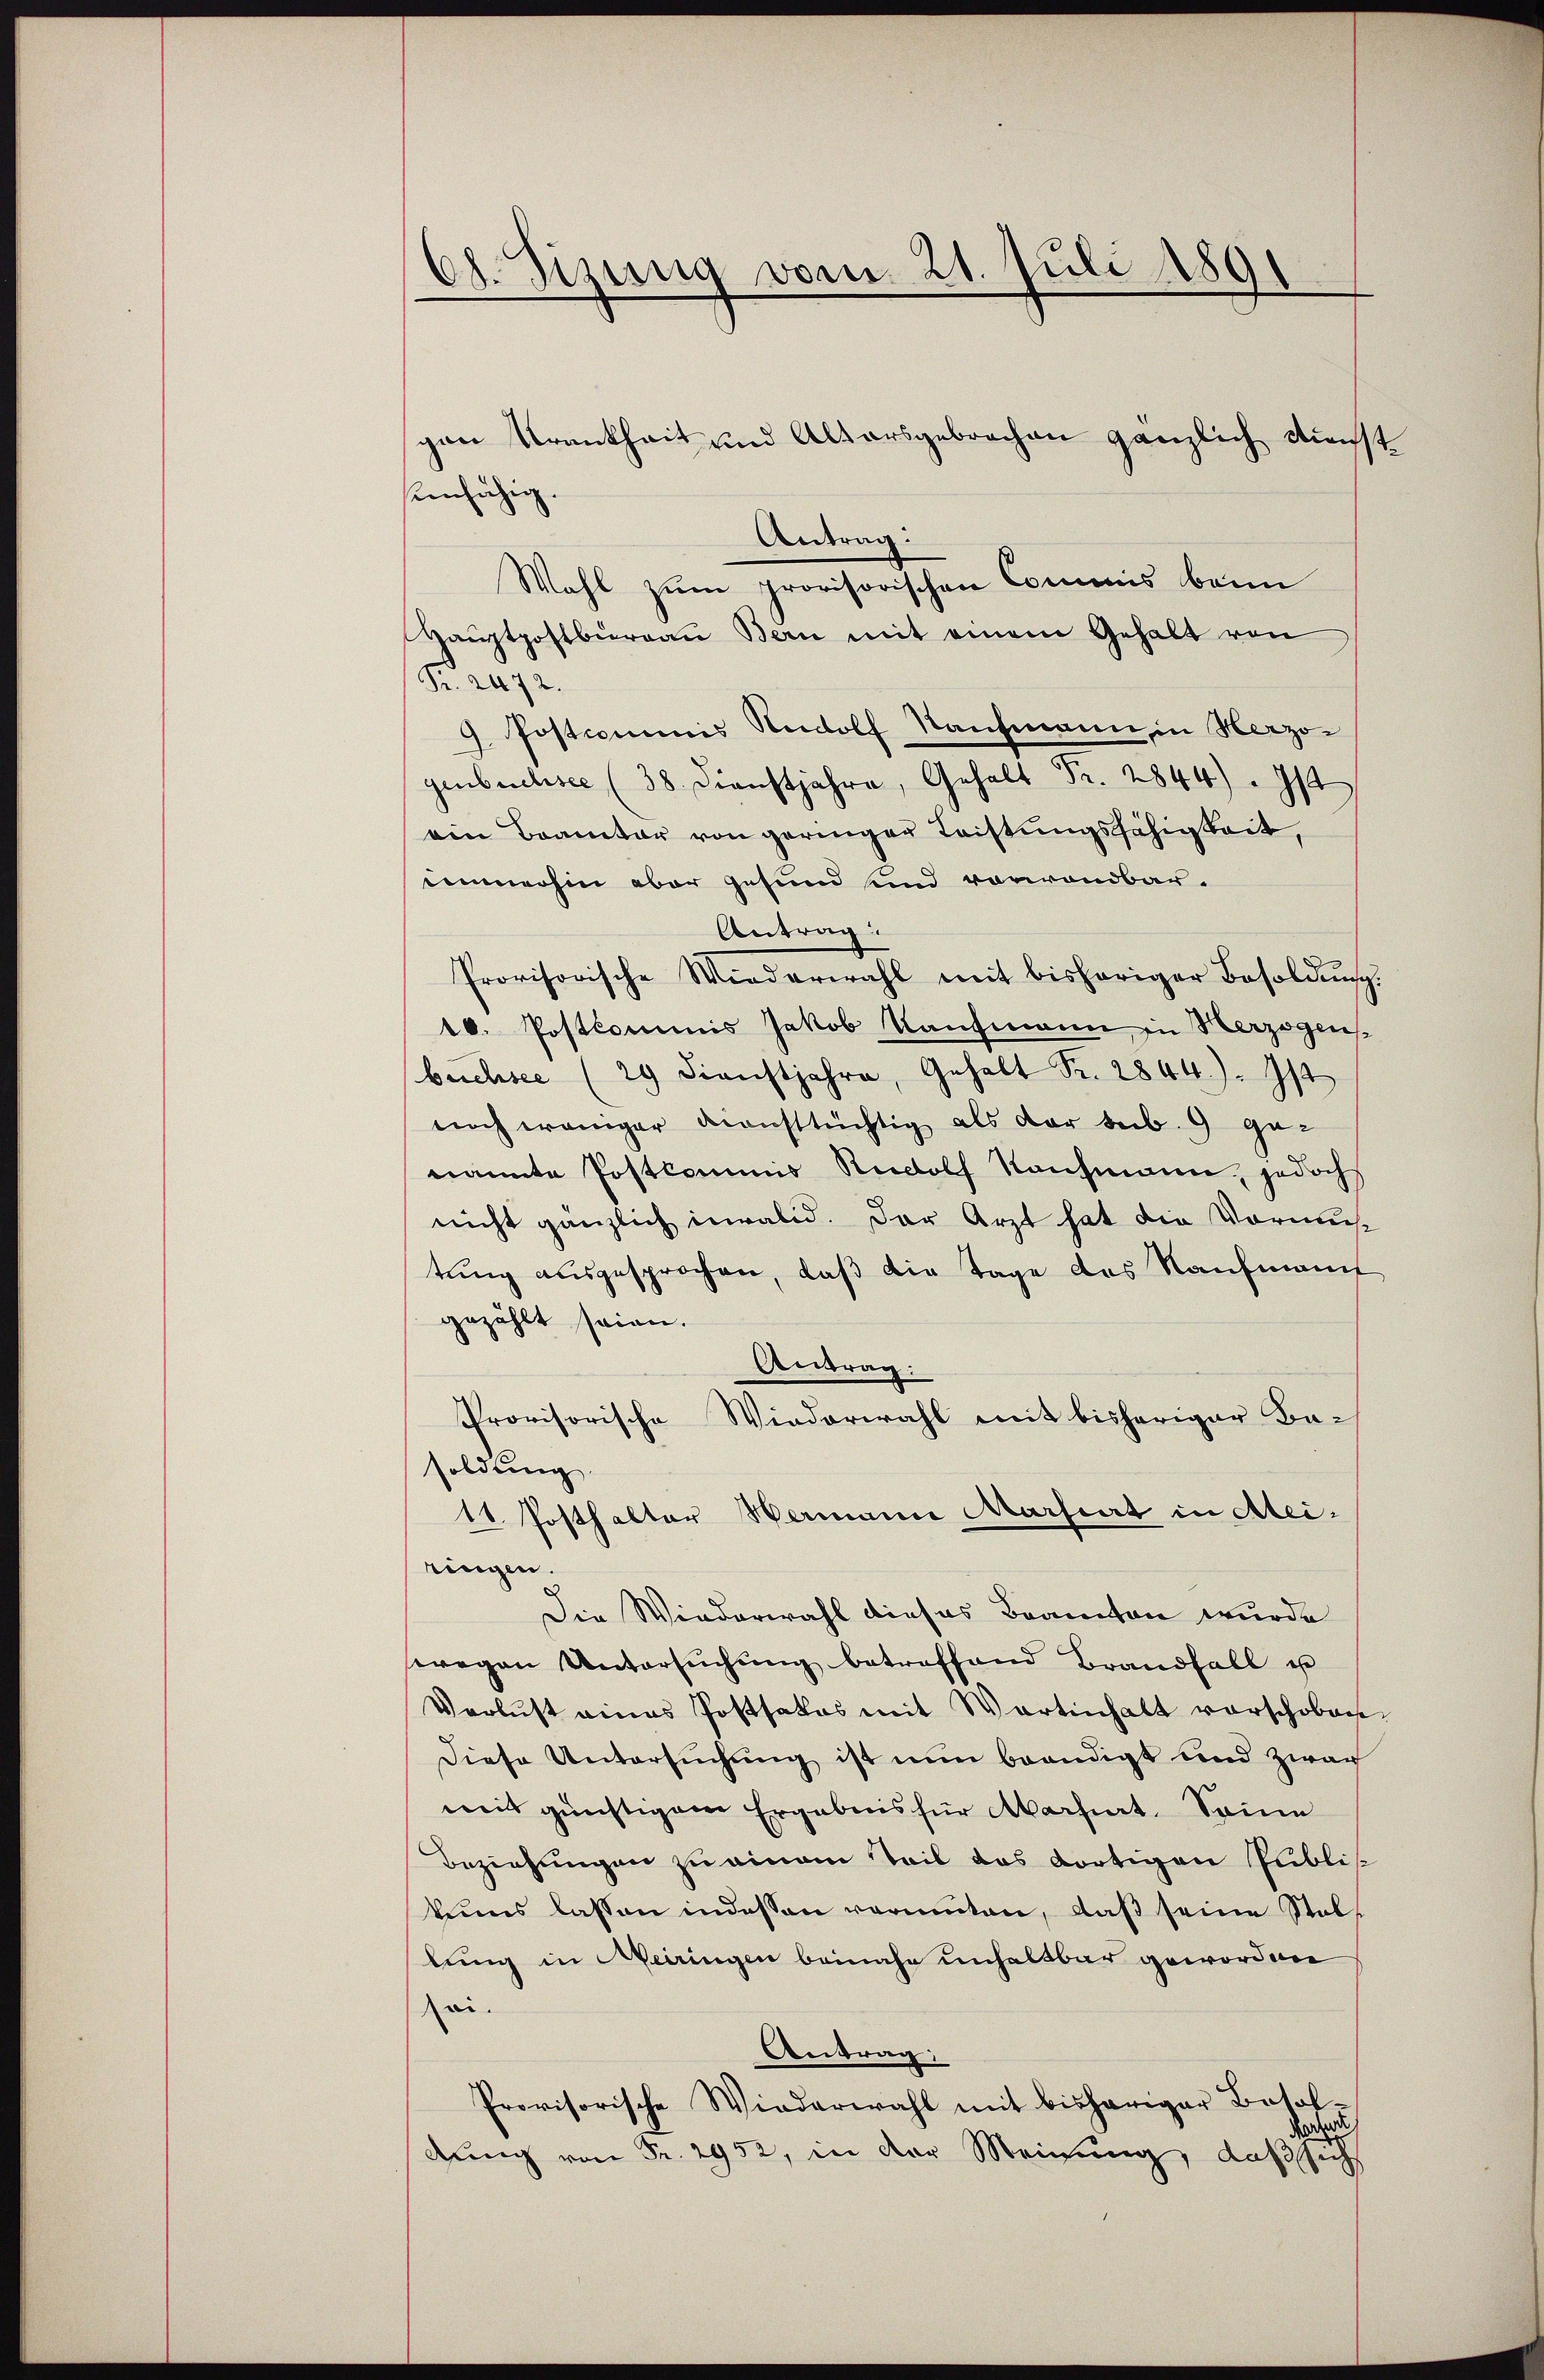
od. Sizung vom 21. Juli 1891

gen Krankheit und Altersgebrochen gänzlich Dienst
einfähig
Antrag:
Wahl zum provisorischen Commis beim
Haŭptpostbureau Bern mit einem Gehalt von
Fr. 2472.
9. Postcommis Rudolf Kaufmann in Herzogenberes der Fr. 2844. Ist
ein Branter von geringer Leistungsfähigkeit,
demohin aber gesund sind vorwandbar.
Antrag:
Provisorische Wiederwahl mit bisheriger Besoldung.
10. Postcommis Jakob Kaufmann in Herzogen
brielisce (29 Dienstjahre, Gehalt Fr. 2844). Ist
noch weniger diensttüchtig als der seib. 9 ge-
nannte Postkommis Rudolf Kaufmann, jedoch
nicht gänzlich invalid. Der Arzt hat die Vormus
tung ausgesprochen, daß die Tage des Kaufmann
gezählt seien.
Antrag:
Provisorische Wiederwahl mit bisheriger Ba-
soldung
11. Posthalter Hermann Martiert in Ateiringen.
Die Wiederwahl dieses Beamten wurde
wegen Untersŭchŭng betreffend Brandfall u
Verlust eines Postsakos mit Wartinhalt vorschoben
Diese Untersuchung ist nun beendigt und zwar
mit günstigem Ergebnis für Marchiat. Seine
Beziehungen zu einem Teil das dortigen Publik
kens lassen indessen vermuten, daß seine Stellung in Meiringen beinahe unhaltbar geworden
ai.
Antrag:
Provisorische Wiederwahl mit bisheriger Besoldung von Fr. 2952, in der Meinung, daß sich